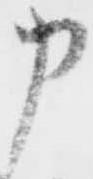
申